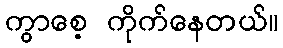
ကွာစေ့ ကိုက်နေတယ်။